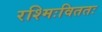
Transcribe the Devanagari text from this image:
रश्मिःविततः